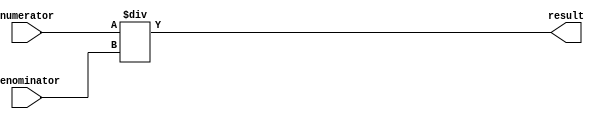
module fixed_point_divider (
    input wire signed [15:0] numerator,
    input wire signed [15:0] denominator,
    output wire signed [15:0] result
);

reg signed [15:0] quotient;
reg signed [15:0] remainder;

always @* begin
    quotient = numerator / denominator;
    remainder = numerator % denominator;
end

assign result = quotient;

endmodule